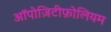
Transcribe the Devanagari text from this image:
ऑपोज़िटीफ़ोलियम